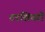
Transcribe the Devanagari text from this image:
टरशियरी